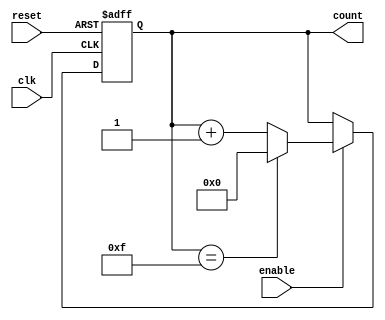
module parameterized_counter #(
    parameter WIDTH = 4,               // Bit-width of the counter
    parameter MAX_VALUE = 15           // Maximum count limit (should be <= 2**WIDTH - 1)
)(
    input wire clk,                    // Clock signal
    input wire enable,                 // Enable signal
    input wire reset,                  // Asynchronous reset signal
    output reg [WIDTH-1:0] count       // Current count value
);

    // Asynchronous reset and counting logic
    always @(posedge clk or posedge reset) begin
        if (reset) begin
            count <= 0;                 // Reset counter to 0
        end else if (enable) begin
            if (count == MAX_VALUE) begin
                count <= 0;             // Roll over to 0 when MAX_VALUE is reached
            end else begin
                count <= count + 1;     // Increment counter
            end
        end
    end

endmodule